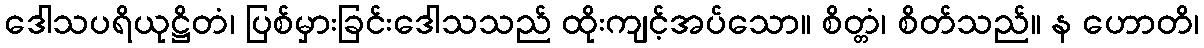
ဒေါသပရိယုဋ္ဌိတံ၊ ပြစ်မှားခြင်းဒေါသသည် ထိုးကျင့်အပ်သော။ စိတ္တံ၊ စိတ်သည်။ န ဟောတိ၊